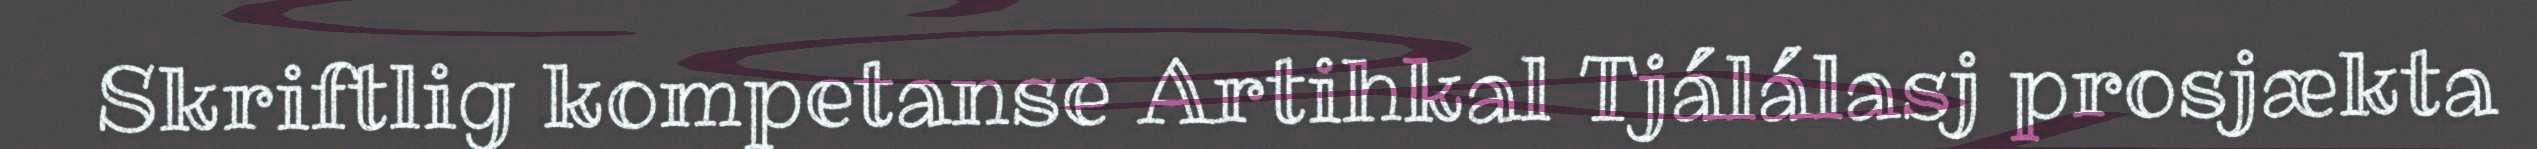
Skriftlig kompetanse Artihkal Tjálálasj prosjækta